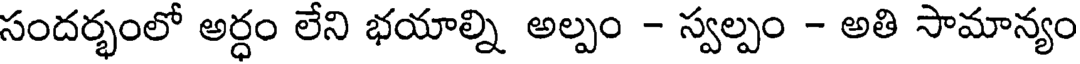
సందర్భంలో అర్ధం లేని భయాల్ని అల్పం - స్వల్పం - అతి సామాన్యం